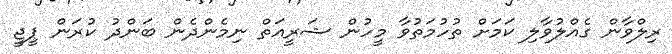
ރިލްވާން ގެއްލުވާލި ކަމަށް ތުހުމަތުވާ މީހުން ޝަރީއަތް ނިމެންދެން ބަންދު ކުރަން ޕީޖީ